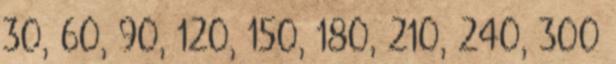
30, 60, 90, 120, 150, 180, 210, 240, 300